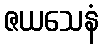
ဇယသေနံ